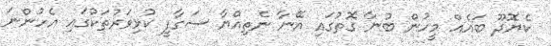
ކެޔޮދޫ ބައެއް މީހުން ބުނާ ގޮތުގައި އޭނާ ނެތިއްޔާ ސަގާފީ ކުޅިވަރުތަކުގައި އެހުންނަ